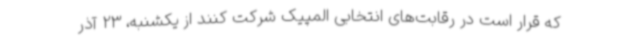
که قرار است در رقابت‌های انتخابی المپیک شرکت کنند از یکشنبه، 23 آذر